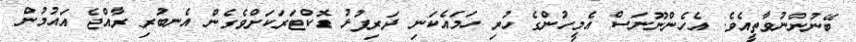
ބޭނުންނުވާތީއެވެ. އެހެންނޫނަސް އެމީހުންގެ ހުރި ހަމައެކަނި ދަރިފުޅު ޑޮކްޓަރަކަށްވެގެން އެނބުރި ރާއްޖެ އައުމުން